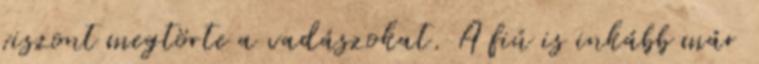
viszont megtörte a vadászokat. A fiú is inkább már